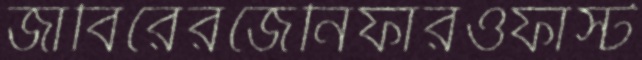
জাবিরেরজেনিফারওফাস্ট